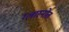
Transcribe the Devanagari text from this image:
ग्लास्नोत